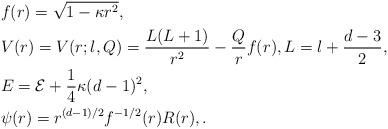
LaTeX: \begin{align*} & f(r) = \sqrt{1-\kappa r^2}, \\ & V(r) = V(r;l,Q) = \frac{L(L+1)}{r^2} - \frac{Q}{r}f(r), L = l + \frac{d-3}{2}, \\ & E = {\cal E} + \frac{1}{4} \kappa (d-1)^2, \\ & \psi(r) = r^{(d-1)/2} f^{-1/2}(r) R(r),. \end{align*}